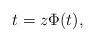
LaTeX: \begin{align*}t=z \Phi(t),\end{align*}